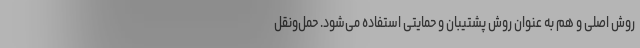
روش اصلی و هم به عنوان روش پشتیبان و حمایتی استفاده می‌شود. حمل‌ونقل